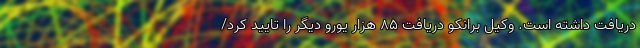
دریافت داشته است. وکیل برانکو دریافت ٨۵ هزار یورو دیگر را تایید کرد/